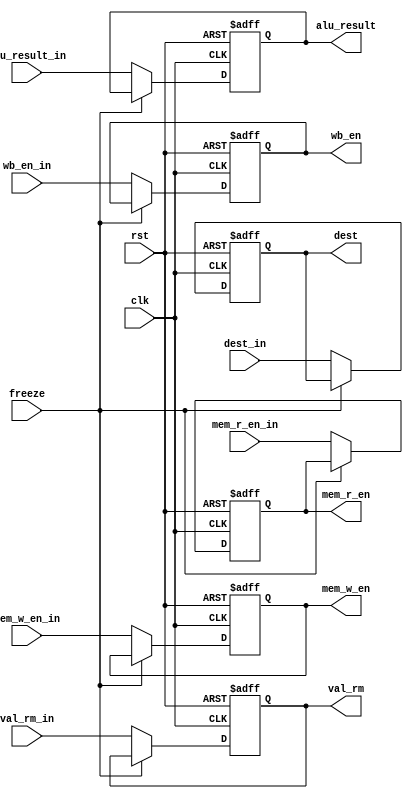
module EXE_Stage_Reg (input clk, rst, freeze, wb_en_in, mem_r_en_in, mem_w_en_in, input [31:0]alu_result_in,
  input [3:0]dest_in, input [31:0]val_rm_in, output reg wb_en, mem_r_en, mem_w_en,
  output reg [31:0]alu_result, output reg [3:0]dest, output reg [31:0]val_rm);

  always @ (posedge clk, posedge rst) begin
    if (rst) begin      
      val_rm <= 32'b00000000000000000000000000000000;
      alu_result <= 32'b00000000000000000000000000000000;
      dest <= 4'b0000; wb_en <= 1'b0; mem_w_en <= 1'b0; mem_r_en <= 1'b0;
    end else if (!freeze) begin
      val_rm <= val_rm_in; wb_en <= wb_en_in; dest <= dest_in;
      mem_r_en <= mem_r_en_in; mem_w_en <= mem_w_en_in; alu_result <= alu_result_in;
    end
  end
  
endmodule